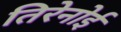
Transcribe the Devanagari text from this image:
तिरेनोई